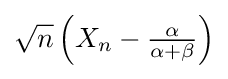
{\sqrt {n}}\left(X_{n}-{\tfrac {\alpha }{\alpha +\beta }}\right)